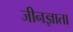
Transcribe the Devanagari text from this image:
जीनज्ञाता